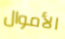
الأموال